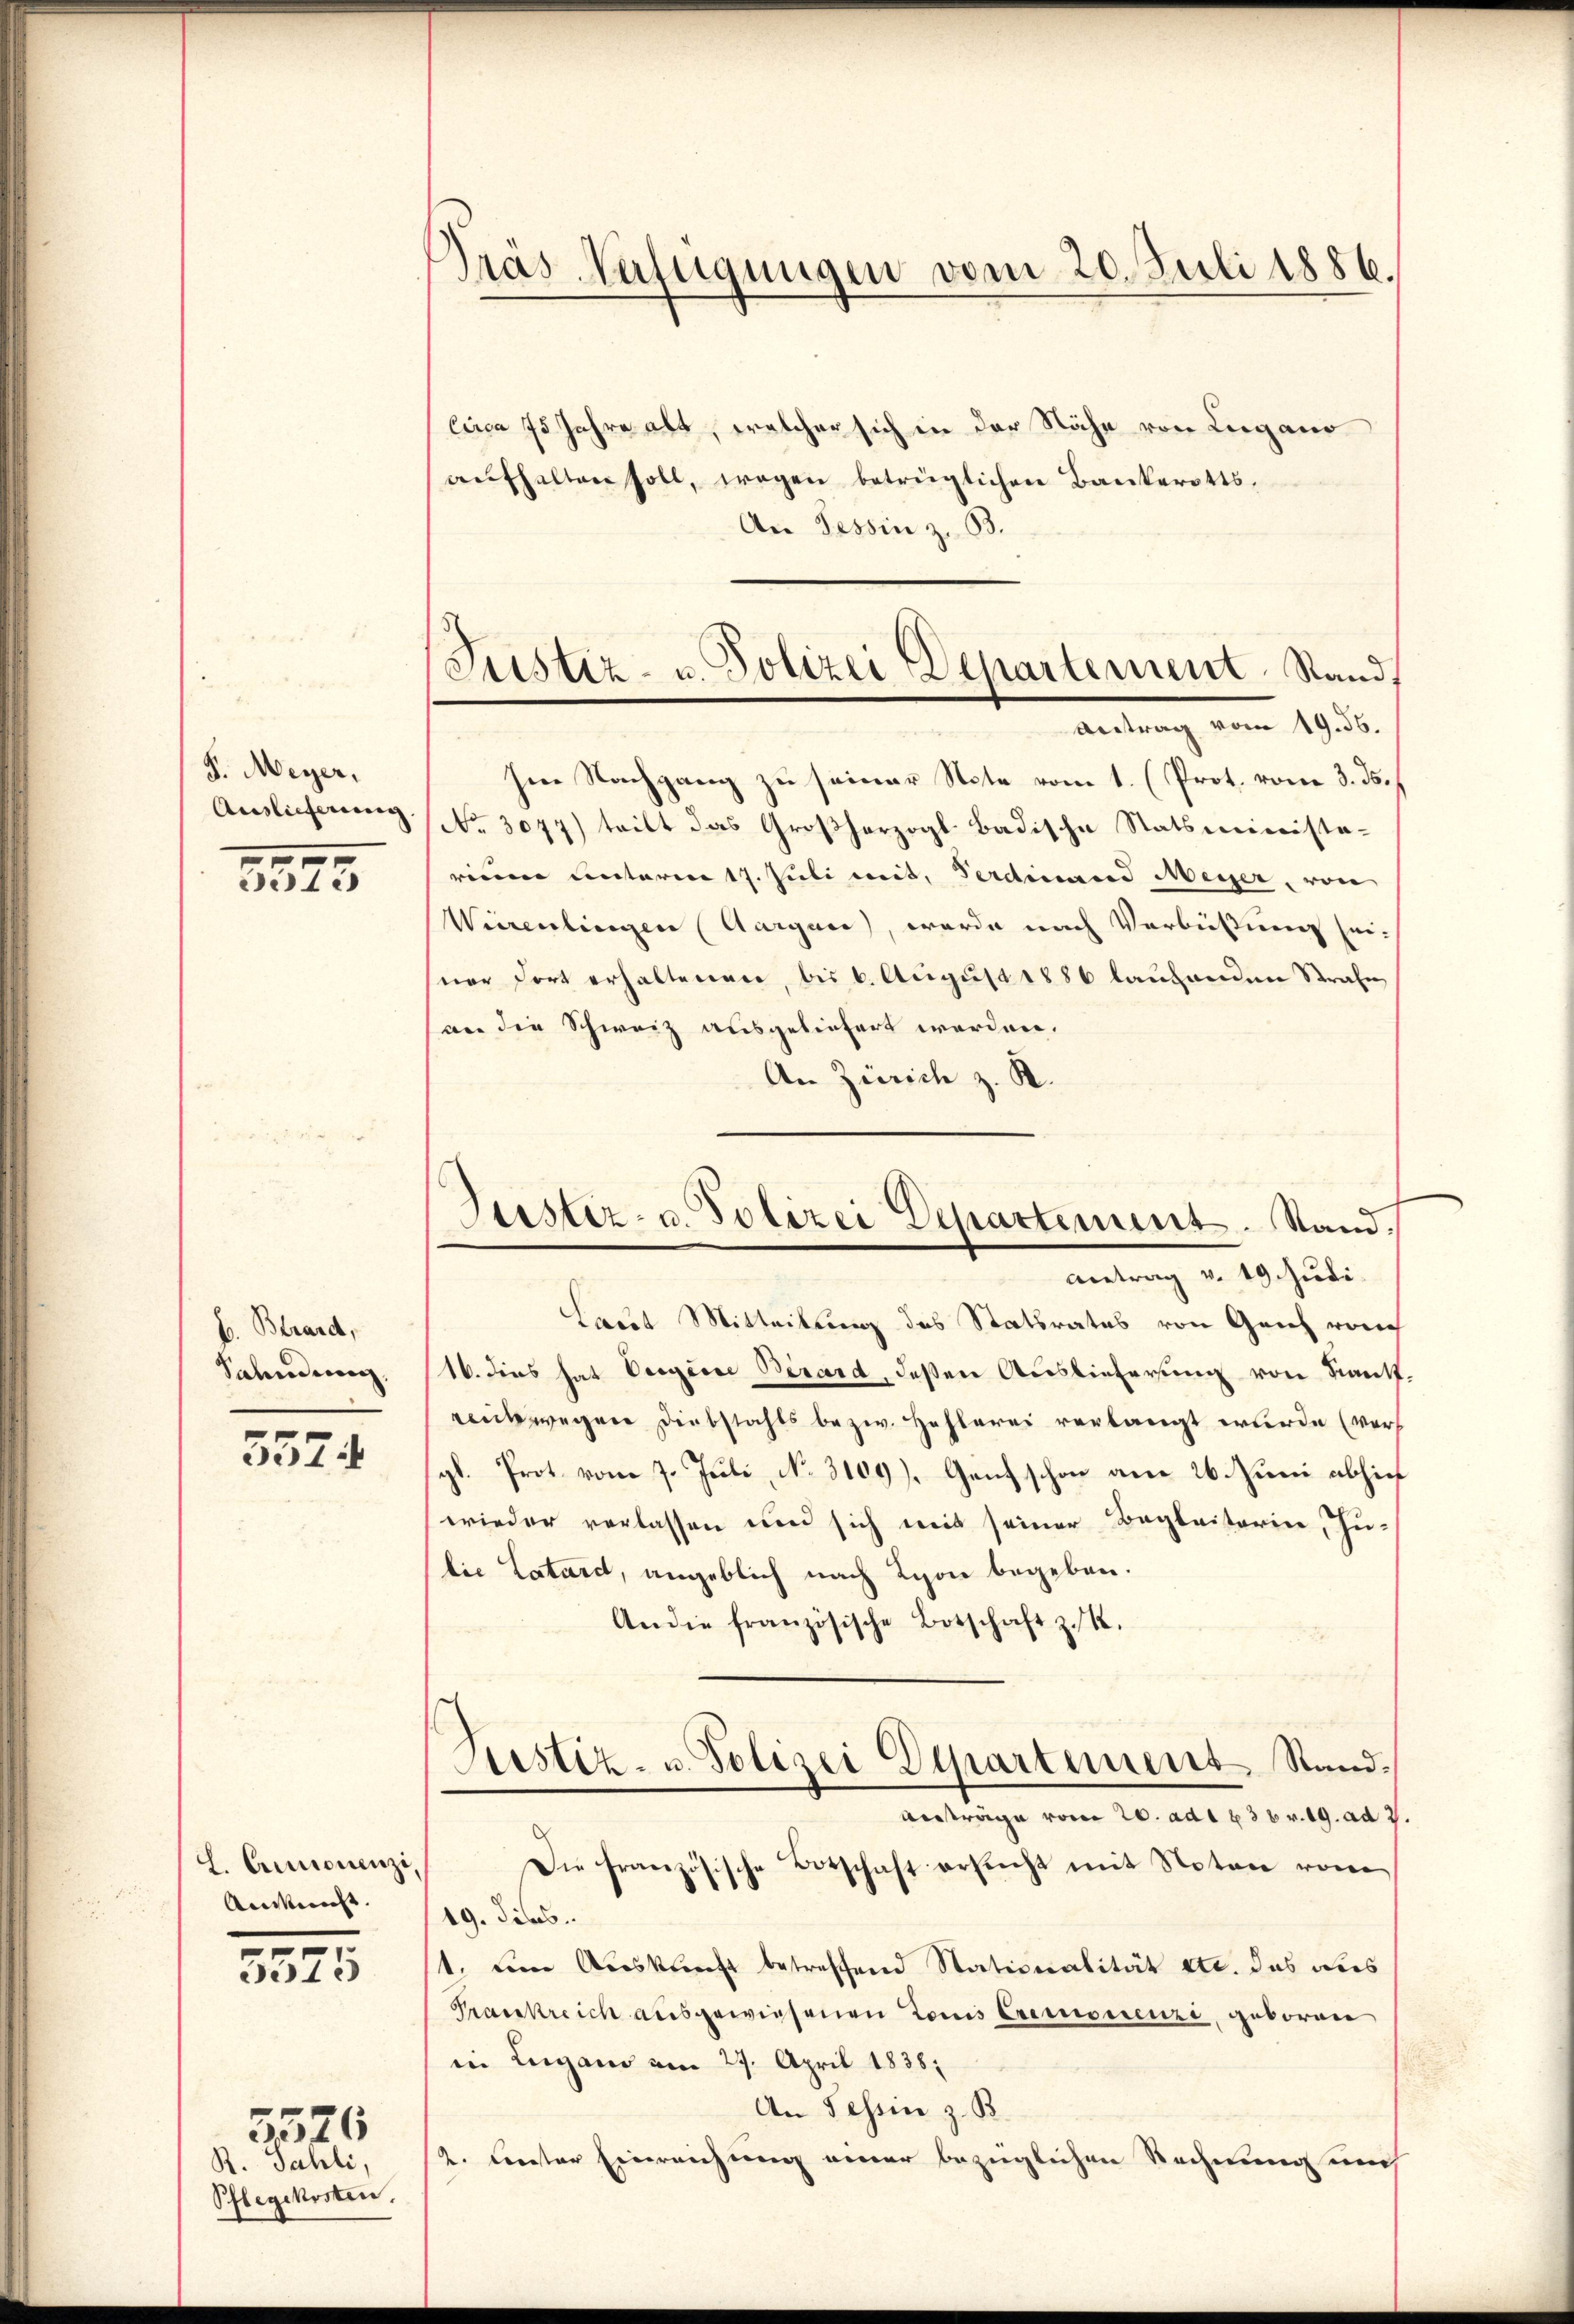
J. Meyer.
Auslieferung.

5573

b. Brand,
Sahndung

5574

L. Canonenzi,
Auskunft.

3575

R. Sahli,
Pflegekosten.

5526

Pras Verfügungen vom 20. Juli 1886.

Circa 75 Jahre alt, welcher sich in der Nähe von Lugano
aŭfhalten soll, wegen betrüglichen Bankerotts¬
An Tessin z. 33.
Antrag vom 19. 56.
Im Nachgang zu seiner Note vom 1. (Prot. vom 3. ds.
No. 3077) teilt das Großherzogl. Badische Statsministerium unterm 17. Juli mit, Ferdinand Meyer, von
Wierenlingen (Aargare), werde nach Verbüßung sei-
ner fort erhaltenen, bis 6. August 1886 lautenden Strafe,
an die Schweiz ausgeliefert werden.
An Zürich z. R.
Antrag v. 19. Juli.
Laut Mitteilung des Statsrates von Geich vorh
(16. dies hat Eigene Berard, deßen Auslieferung von Kant
rutwegen Diebstahls bezw. Hehlerei verlangt wurde (vers
gl. Prot. vom 7. Juli, No. 3109), Ganz schon am 26. Juni abhieh
wieder verlassen und sich mit seiner Begleiterin, Judie Latard, angeblich nach Lyon begeben.
Andie französische Botschaft z. R.
Justiz- u. Polizei Departement Stand¬
Anträge vom 20. ad 1 f 36 r. 19. ad 2.
Die französische Botschaft ersucht mit Noten vom
19. dies
1. eine Auskunft betreffend Stationalität etc. das dies
Frankreich ausgewiesenen Louis Cremonenzi, geboren
in Lugano am 27. April 1838.
An Tessin z. B.
2. Fenster Einreichung einer bezüglichen Rechnung un

Justiz- u. Polizei Departement. Stand

Justiz- u. Polizei Departement. Stand.